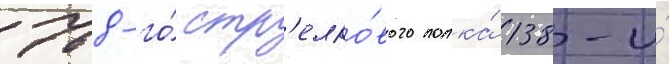
768-го́ стр'елко́вого полка́ 138-и́